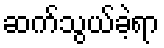
ဆက်သွယ်ခဲ့ရာ